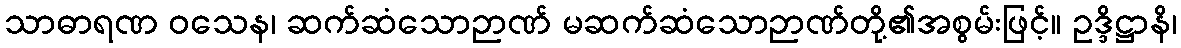
သာဓာရဏ ဝသေန၊ ဆက်ဆံသောဉာဏ် မဆက်ဆံသောဉာဏ်တို့၏အစွမ်းဖြင့်။ ဥဒ္ဒိဋ္ဌာနိ၊